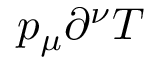
p _ { \mu } \partial ^ { \nu } T